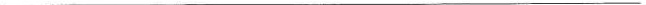
___